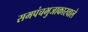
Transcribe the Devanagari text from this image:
समपंचभुजाकारवाले